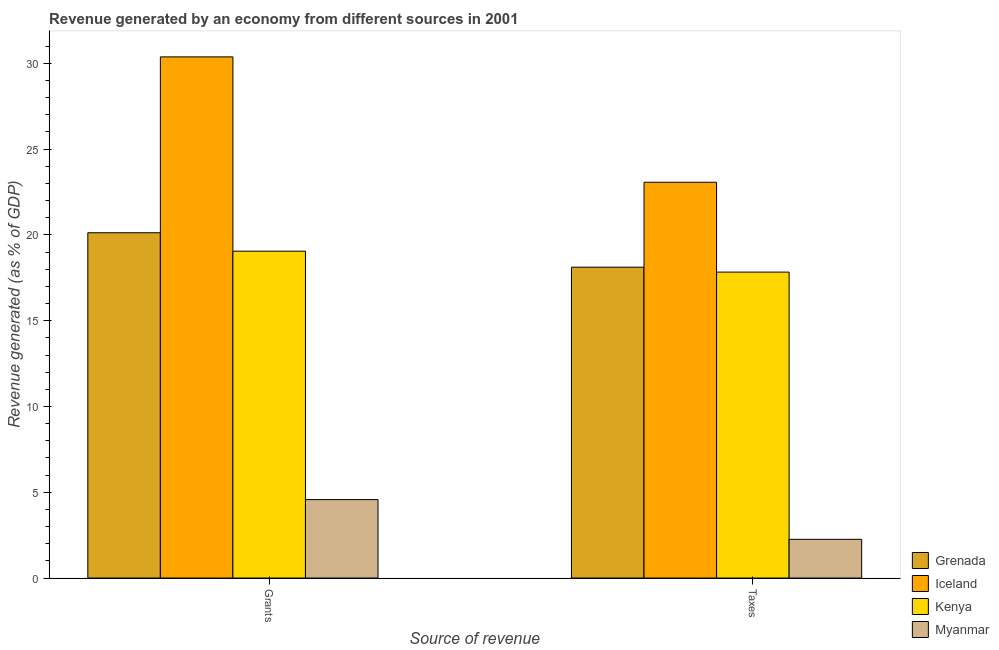
| Source of revenue | Grenada | Iceland | Kenya | Myanmar |
 | --- | --- | --- | --- | --- |
 | Grants | 20.1 | 30.4 | 19.1 | 4.57 |
 | Taxes | 18.1 | 23.1 | 17.8 | 2.26 |